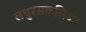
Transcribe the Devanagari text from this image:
लघुरसकलिका